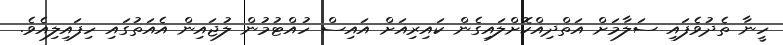
ހީނާ ތެދުވެފައި ސަލާމަށް އަތްދިއްކޮށްލައިގެން ކައިރިއަށް އައިސް ހުއްޓުމުން ލުޖައިން އެއަތުގައި ހިފައިލިއެވެ.